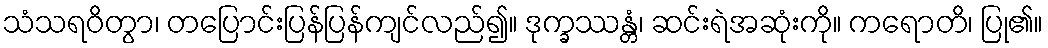
သံသရဝိတွာ၊ တပြောင်းပြန်ပြန်ကျင်လည်၍။ ဒုက္ခဿန္တံ၊ ဆင်းရဲအဆုံးကို။ ကရောတိ၊ ပြု၏။